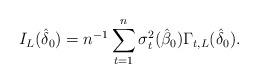
LaTeX: \begin{align*}I_{L}(\hat \delta_0) = n^{-1}\sum_{t=1}^n \sigma_{t}^2(\hat \beta_0)\Gamma_{t,L}(\hat\delta_0).\end{align*}